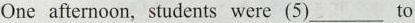
One afternoon, students were (5)___ to